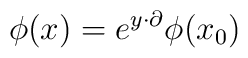
\phi(x) =e^{y \cdot \partial}\phi(x_0)